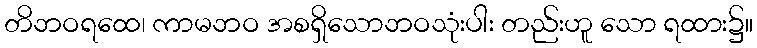
တိဘဝရထေ၊ ကာမဘဝ အစရှိသောဘဝသုံးပါး တည်းဟူ သော ရထား၌။